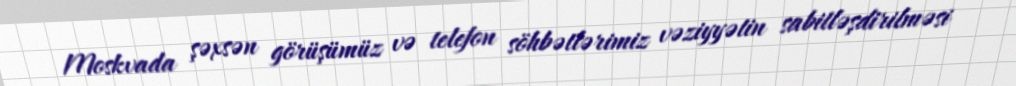
Moskvada şəxsən görüşümüz və telefon söhbətlərimiz vəziyyətin sabitləşdirilməsi